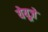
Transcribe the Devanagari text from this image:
येयूज़े